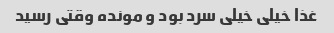
غذا خیلی خیلی سرد بود و مونده وقتی رسید